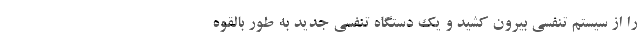
را از سیستم تنفسی بیرون کشید و یک دستگاه تنفسی جدید به طور بالقوه